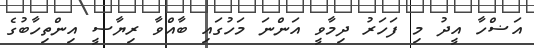
އަޟްހާ އީދު މި ފަހަރު ދިމާވީ އަންނަ މަހުގައި ބާއްވާ ރިޔާސީ އިންތިހާބުގެ